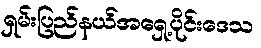
ရှမ်းပြည်နယ်အရှေ့ပိုင်းဒေသ